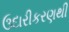
ઉદારીકરણથી